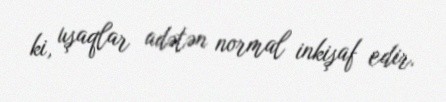
ki, uşaqlar adətən normal inkişaf edir.